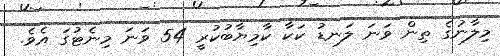
މިލާނުގެ ތިން ވަނަ ލަނޑު ކަކާ ކާމިޔާބުކުރީ 54 ވަނަ މިނެޓުގަ އެވެ.